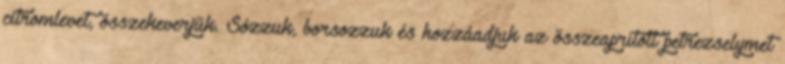
citromlevet, összekeverjük. Sózzuk, borsozzuk és hozzáadjuk az összeaprított petrezselymet